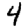
Digit: 4